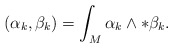
\begin{align*}( \alpha_k, \beta_k ) = \int_M \alpha_k \wedge *\beta_k .\end{align*}